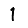
Digit: 1